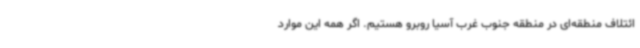
ائتلاف منطقه‌ای در منطقه جنوب غرب آسیا روبرو هستیم. اگر همه این موارد